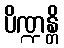
ပိဏ္ဍန္တိ